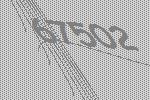
67502